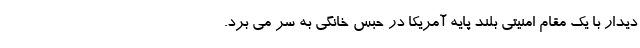
دیدار با یک مقام امنیتی بلند پایه آمریکا در حبس خانگی به سر می برد.